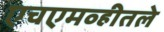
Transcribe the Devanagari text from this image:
एचएमव्हीतले